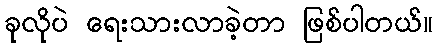
ခုလိုပဲ ရေးသားလာခဲ့တာ ဖြစ်ပါတယ်။